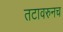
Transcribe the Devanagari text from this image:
तटावरुनच